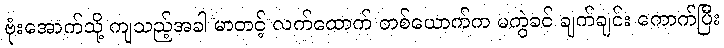
ဗုံးအောက်သို့ ကျသည့်အခါ မာတင့် လက်ထောက် တစ်ယောက်က မကွဲခင် ချက်ချင်း ကောက်ပြီး